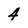
Character: 4